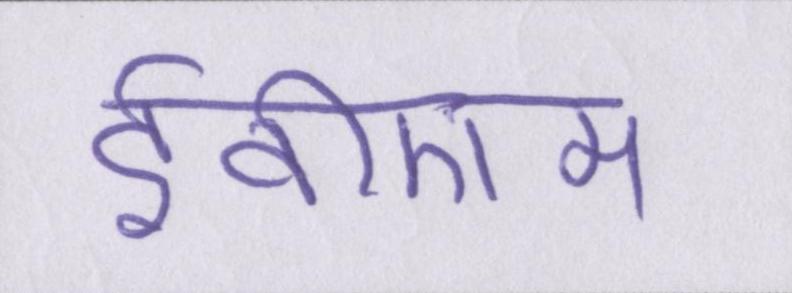
ईवीएम